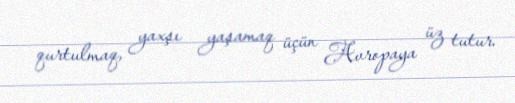
qurtulmaq, yaxşı yaşamaq üçün Avropaya üz tutur.